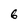
Character: 6